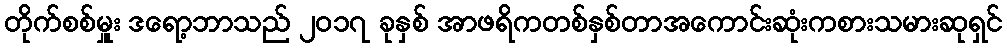
တိုက်စစ်မှူး ဒရော့ဘာသည် ၂၀၁၇ ခုနှစ် အာဖရိကတစ်နှစ်တာအကောင်းဆုံးကစားသမားဆုရှင်